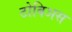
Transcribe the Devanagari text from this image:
टोबिअस